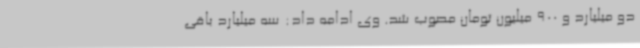
دو میلیارد و 900 میلیون تومان مصوب شد. وی ادامه داد: سه میلیارد باقی